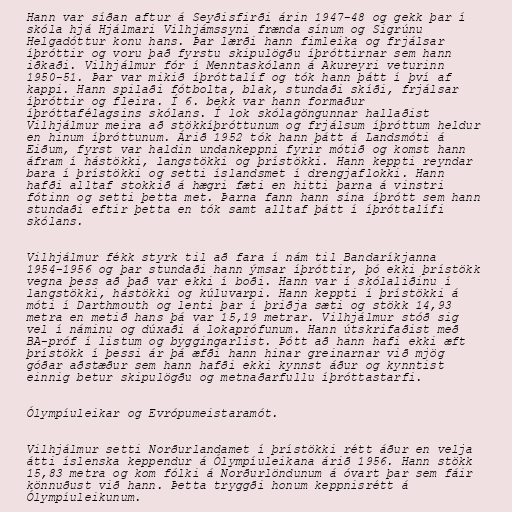
Hann var síðan aftur á Seyðisfirði árin 1947-48 og gekk þar í
skóla hjá Hjálmari Vilhjámssyni frænda sínum og Sigrúnu
Helgadóttur konu hans. Þar lærði hann fimleika og frjálsar
íþróttir og voru það fyrstu skipulögðu íþróttirnar sem hann
iðkaði. Vilhjálmur fór í Menntaskólann á Akureyri veturinn
1950-51. Þar var mikið íþróttalíf og tók hann þátt í því af
kappi. Hann spilaði fótbolta, blak, stundaði skíði, frjálsar
íþróttir og fleira. Í 6. bekk var hann formaður
íþróttafélagsins skólans. Í lok skólagöngunnar hallaðist
Vilhjálmur meira að stökkíþróttunum og frjálsum íþróttum heldur
en hinum íþróttunum. Árið 1952 tók hann þátt á Landsmóti á
Eiðum, fyrst var haldin undankeppni fyrir mótið og komst hann
áfram í hástökki, langstökki og þrístökki. Hann keppti reyndar
bara í þrístökki og setti íslandsmet í drengjaflokki. Hann
hafði alltaf stokkið á hægri fæti en hitti þarna á vinstri
fótinn og setti þetta met. Þarna fann hann sína íþrótt sem hann
stundaði eftir þetta en tók samt alltaf þátt í íþróttalífi
skólans.

Vilhjálmur fékk styrk til að fara í nám til Bandaríkjanna
1954-1956 og þar stundaði hann ýmsar íþróttir, þó ekki þrístökk
vegna þess að það var ekki í boði. Hann var í skólaliðinu í
langstökki, hástökki og kúluvarpi. Hann keppti í þrístökki á
móti í Darthmouth og lenti þar í þriðja sæti og stökk 14,93
metra en metið hans þá var 15,19 metrar. Vilhjálmur stóð sig
vel í náminu og dúxaði á lokaprófunum. Hann útskrifaðist með
BA-próf í listum og byggingarlist. Þótt að hann hafi ekki æft
þrístökk í þessi ár þá æfði hann hinar greinarnar við mjög
góðar aðstæður sem hann hafði ekki kynnst áður og kynntist
einnig betur skipulögðu og metnaðarfullu íþróttastarfi.

Ólympíuleikar og Evrópumeistaramót.

Vilhjálmur setti Norðurlandamet í þrístökki rétt áður en velja
átti íslenska keppendur á Ólympíuleikana árið 1956. Hann stökk
15,83 metra og kom fólki á Norðurlöndunum á óvart þar sem fáir
könnuðust við hann. Þetta tryggði honum keppnisrétt á
Ólympíuleikunum.